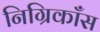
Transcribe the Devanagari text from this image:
निग्रिकाँस